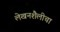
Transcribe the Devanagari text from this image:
लेखनशैलीचा